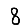
Digit: 8